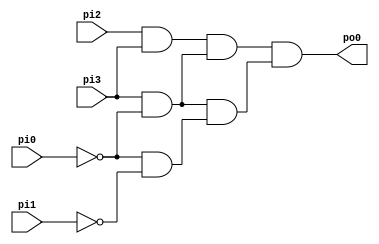
module test_8( pi0, pi1, pi2, pi3, po0 );
  input pi0, pi1, pi2, pi3;
  output po0;
  wire tmp0;
  assign tmp0 = pi2;
  wire tmp1;
  assign tmp1 = pi3;
  wire tmp2;
  assign tmp2 = 1'b0;
  wire tmp3;
  assign tmp3 = (tmp0 & tmp1) | (tmp0 & tmp2) | (tmp1 & tmp2);
  wire tmp4;
  assign tmp4 = pi3;
  wire tmp5;
  assign tmp5 = ~pi0;
  wire tmp6;
  assign tmp6 = 1'b0;
  wire tmp7;
  assign tmp7 = (tmp4 & tmp5) | (tmp4 & tmp6) | (tmp5 & tmp6);
  wire tmp8;
  assign tmp8 = 1'b0;
  wire tmp9;
  assign tmp9 = 1'b0;
  wire tmp10;
  assign tmp10 = 1'b0;
  wire tmp11;
  assign tmp11 = (tmp8 & tmp9) | (tmp8 & tmp10) | (tmp9 & tmp10);
  wire tmp12;
  assign tmp12 = (tmp3 & tmp7) | (tmp3 & tmp11) | (tmp7 & tmp11);
  wire tmp13;
  assign tmp13 = pi3;
  wire tmp14;
  assign tmp14 = ~pi0;
  wire tmp15;
  assign tmp15 = 1'b0;
  wire tmp16;
  assign tmp16 = (tmp13 & tmp14) | (tmp13 & tmp15) | (tmp14 & tmp15);
  wire tmp17;
  assign tmp17 = ~pi0;
  wire tmp18;
  assign tmp18 = ~pi1;
  wire tmp19;
  assign tmp19 = 1'b0;
  wire tmp20;
  assign tmp20 = (tmp17 & tmp18) | (tmp17 & tmp19) | (tmp18 & tmp19);
  wire tmp21;
  assign tmp21 = 1'b0;
  wire tmp22;
  assign tmp22 = 1'b0;
  wire tmp23;
  assign tmp23 = 1'b0;
  wire tmp24;
  assign tmp24 = (tmp21 & tmp22) | (tmp21 & tmp23) | (tmp22 & tmp23);
  wire tmp25;
  assign tmp25 = (tmp16 & tmp20) | (tmp16 & tmp24) | (tmp20 & tmp24);
  wire tmp26;
  assign tmp26 = 1'b0;
  wire tmp27;
  assign tmp27 = 1'b0;
  wire tmp28;
  assign tmp28 = 1'b0;
  wire tmp29;
  assign tmp29 = (tmp26 & tmp27) | (tmp26 & tmp28) | (tmp27 & tmp28);
  wire tmp30;
  assign tmp30 = 1'b0;
  wire tmp31;
  assign tmp31 = 1'b0;
  wire tmp32;
  assign tmp32 = 1'b0;
  wire tmp33;
  assign tmp33 = (tmp30 & tmp31) | (tmp30 & tmp32) | (tmp31 & tmp32);
  wire tmp34;
  assign tmp34 = 1'b0;
  wire tmp35;
  assign tmp35 = 1'b0;
  wire tmp36;
  assign tmp36 = 1'b0;
  wire tmp37;
  assign tmp37 = (tmp34 & tmp35) | (tmp34 & tmp36) | (tmp35 & tmp36);
  wire tmp38;
  assign tmp38 = (tmp29 & tmp33) | (tmp29 & tmp37) | (tmp33 & tmp37);
  wire tmp39;
  assign tmp39 = (tmp12 & tmp25) | (tmp12 & tmp38) | (tmp25 & tmp38);
  assign po0 = tmp39;
endmodule // test_8